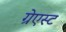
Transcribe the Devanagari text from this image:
ग्रेएस्ट